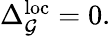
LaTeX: \begin{array}{r}{\Delta_{\mathcal{G}}^{\mathrm{loc}}=0.}\end{array}